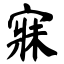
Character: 寐